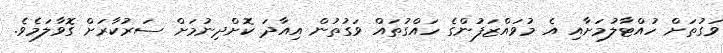
ވަގުތަށް ހުއްޓާލުމަށާއި އެ މުވައްޒަފުންގެ ހައްގުތައް ވަގުތުން އިއާދަ ކޮށްދިނުމަށް ސަރުކާރަށް ގޮވާލަމެވެ.